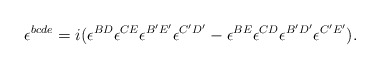
\begin{align*}\epsilon^{bcde} =i(\epsilon^{BD}\epsilon^{CE}\epsilon^{B'E'}\epsilon^{C'D'} -\epsilon^{BE}\epsilon^{CD}\epsilon^{B'D'}\epsilon^{C'E'}).\end{align*}